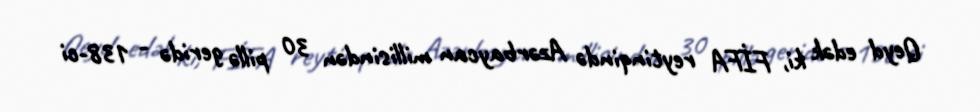
Qeyd edək ki, FİFA reytinqində Azərbaycan millisindən 30 pillə geridə - 138-ci